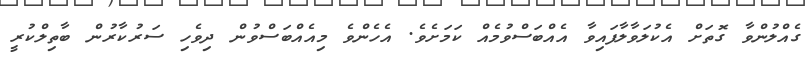
ގެއްލުންވާ ގޮތަށް އެކުލަވާލާފައިވާ އެއްބަސްވުމެއް ކަމަށެވެ. އެހެންވެ މިއެއްބަސްވުން ދިވެހި ސަރުކާރުން ބާތިލްކުރީ